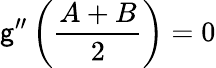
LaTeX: \mathsf{g}^{\prime\prime}\left(\frac{{A+B}}{{2}}\right)=0